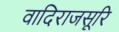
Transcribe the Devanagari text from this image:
वादिराजसूरि